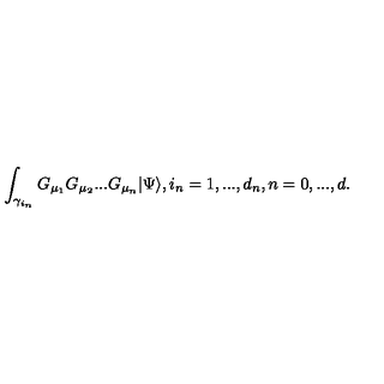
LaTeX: \int _ { \gamma _ { i _ { n } } } G _ { \mu _ { 1 } } G _ { \mu _ { 2 } } . . . G _ { \mu _ { n } } | \Psi \rangle , i _ { n } = 1 , . . . , d _ { n } , n = 0 , . . . , d .